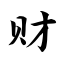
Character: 财